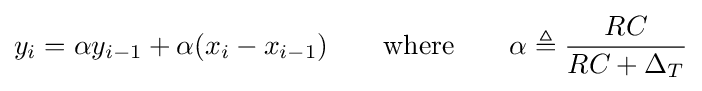
y_{i}=\alpha y_{i-1}+\alpha (x_{i}-x_{i-1})\qquad {\text{where}}\qquad \alpha \triangleq {\frac {RC}{RC+\Delta _{T}}}